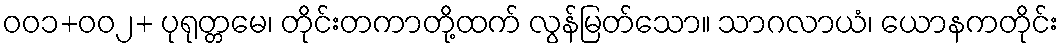
၀၀၁+၀၀၂+ ပုရုတ္တမေ၊ တိုင်းတကာတို့ထက် လွန်မြတ်သော။ သာဂလာယံ၊ ယောနကတိုင်း